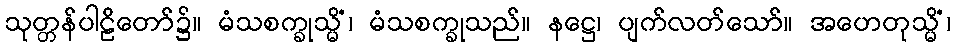
သုတ္တန်ပါဠိတော်၌။ မံသစက္ခုသ္မိံ၊ မံသစက္ခုသည်။ နဋ္ဌေ၊ ပျက်လတ်သော်။ အဟေတုသ္မိံ၊